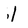
Character: 1